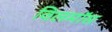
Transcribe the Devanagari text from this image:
विलमॉस